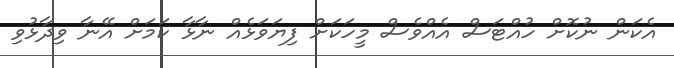
އެކަން ނުކޮށް ހުއްޓަސް އެއްވެސް މީހަކަށް ފިޔަވަޅެއް ނާޅާ ކަމަށް އޭނާ ވިދާޅުވި